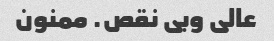
عالی و‌بی نقص. ممنون